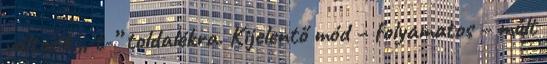
változik „-t-” toldalékra. Kijelentő mód – folyamatos – múlt